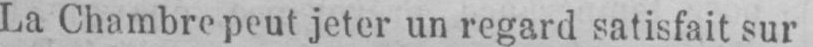
La Chambre peut jeter un regard satisfait sur-